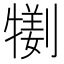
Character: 𤛜